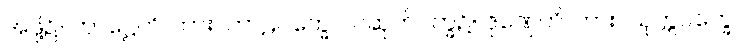
အဖို့၌။ ကာဋ္ဌေတိ၊ ကား။ ကာဠပက္ခေ၊ လဆုတ်ပက္ခ၌။ ဇုဏှေတိ၊ ကား။ သုက္ကပက္ခေ၊